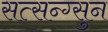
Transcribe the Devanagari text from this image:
सत्सन्ग्सुन